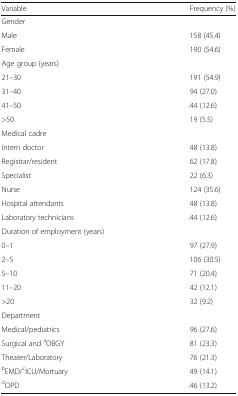
<table><thead><tr><td><b>Variable</b></td><td><b>Frequency (%)</b></td></tr></thead><tbody><tr><td colspan="2">Gender</td></tr><tr><td>Male</td><td>158 (45.4)</td></tr><tr><td>Female</td><td>190 (54.6)</td></tr><tr><td colspan="2">Age group (years)</td></tr><tr><td>21–30</td><td>191 (54.9)</td></tr><tr><td>31–40</td><td>94 (27.0)</td></tr><tr><td>41–50</td><td>44 (12.6)</td></tr><tr><td>&gt;50</td><td>19 (5.5)</td></tr><tr><td colspan="2">Medical cadre</td></tr><tr><td>Intern doctor</td><td>48 (13.8)</td></tr><tr><td>Registrar/resident</td><td>62 (17.8)</td></tr><tr><td>Specialist</td><td>22 (6.3)</td></tr><tr><td>Nurse</td><td>124 (35.6)</td></tr><tr><td>Hospital attendants</td><td>48 (13.8)</td></tr><tr><td>Laboratory technicians</td><td>44 (12.6)</td></tr><tr><td colspan="2">Duration of employment (years)</td></tr><tr><td>0–1</td><td>97 (27.9)</td></tr><tr><td>2–5</td><td>106 (30.5)</td></tr><tr><td>5–10</td><td>71 (20.4)</td></tr><tr><td>11–20</td><td>42 (12.1)</td></tr><tr><td>&gt;20</td><td>32 (9.2)</td></tr><tr><td colspan="2">Department</td></tr><tr><td>Medical/pediatrics</td><td>96 (27.6)</td></tr><tr><td>Surgical and <sup>a</sup>OBGY</td><td>81 (23.3)</td></tr><tr><td>Theater/Laboratory</td><td>76 (21.3)</td></tr><tr><td><sup>b</sup>EMD/<sup>c</sup>ICU/Mortuary</td><td>49 (14.1)</td></tr><tr><td><sup>d</sup>OPD</td><td>46 (13.2)</td></tr></tbody></table>